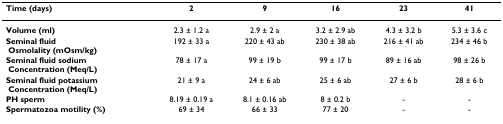
<table><thead><tr><td><b>Time (days)</b></td><td><b>2</b></td><td><b>9</b></td><td><b>16</b></td><td><b>23</b></td><td><b>41</b></td></tr></thead><tbody><tr><td><b>Volume (ml)</b></td><td>2.3 ± 1.2 a</td><td>2.9 ± 2 a</td><td>3.2 ± 2.9 ab</td><td>4.3 ± 3.2 b</td><td>5.3 ± 3.6 c</td></tr><tr><td><b>Seminal fluid</b><b> Osmolality (mOsm/kg)</b></td><td>192 ± 33 a</td><td>220 ± 43 ab</td><td>230 ± 38 ab</td><td>216 ± 41 ab</td><td>234 ± 46 b</td></tr><tr><td><b>Seminal fluid sodium</b><b> Concentration (Meq/L)</b></td><td>78 ± 17 a</td><td>99 ± 19 b</td><td>99 ± 17 b</td><td>89 ± 16 ab</td><td>98 ± 26 b</td></tr><tr><td><b>Seminal fluid potassium</b><b> Concentration (Meq/L)</b></td><td>21 ± 9 a</td><td>24 ± 6 ab</td><td>25 ± 6 ab</td><td>27 ± 6 b</td><td>28 ± 6 b</td></tr><tr><td><b>PH sperm</b></td><td>8.19 ± 0.19 a</td><td>8.1 ± 0.16 ab</td><td>8 ± 0.2 b</td><td>-</td><td>-</td></tr><tr><td><b>Spermatozoa motility (%)</b></td><td>69 ± 34</td><td>66 ± 33</td><td>77 ± 20</td><td>-</td><td>-</td></tr></tbody></table>